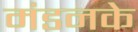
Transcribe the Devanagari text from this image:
मंडनके